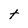
Character: t